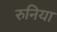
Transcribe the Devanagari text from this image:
रुनिया